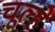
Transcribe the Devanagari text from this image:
चूल्‍हे